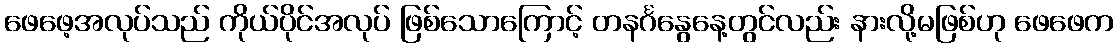
ဖေဖေ့အလုပ်သည် ကိုယ်ပိုင်အလုပ် ဖြစ်သောကြောင့် တနင်္ဂနွေနေ့တွင်လည်း နားလို့မဖြစ်ဟု ဖေဖေက